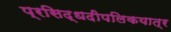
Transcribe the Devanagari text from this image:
प्रसिद्धदीपलिकयात्र